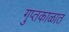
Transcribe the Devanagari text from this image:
गुप्‍तकाळात